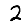
Digit: 2